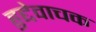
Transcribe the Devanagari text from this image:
हुद्देवाचक